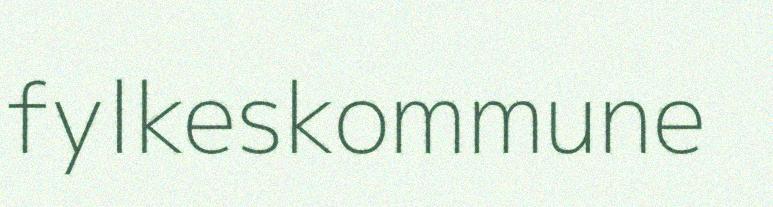
fylkeskommune